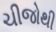
ચીજોથી